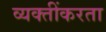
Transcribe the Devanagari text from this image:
व्यक्तींकरता